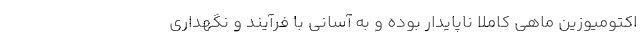
اکتومیوزین ماهی کاملا ناپایدار بوده و به آسانی با فرآیند و نگهداری